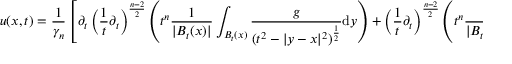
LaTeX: u ( x , t ) = { \frac { 1 } { \gamma _ { n } } } \left[ \partial _ { t } \left( { \frac { 1 } { t } } \partial _ { t } \right) ^ { \frac { n - 2 } { 2 } } \left( t ^ { n } { \frac { 1 } { | B _ { t } ( x ) | } } \int _ { B _ { t } ( x ) } { \frac { g } { ( t ^ { 2 } - | y - x | ^ { 2 } ) ^ { \frac { 1 } { 2 } } } } \mathrm { d } y \right) + \left( { \frac { 1 } { t } } \partial _ { t } \right) ^ { \frac { n - 2 } { 2 } } \left( t ^ { n } { \frac { 1 } { | B _ { t } ( x ) | } } \int _ { B _ { t } ( x ) } { \frac { h } { ( t ^ { 2 } - | y - x | ^ { 2 } ) ^ { \frac { 1 } { 2 } } } } \mathrm { d } y \right) \right]